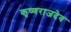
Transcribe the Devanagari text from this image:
कृष्णराजदेव